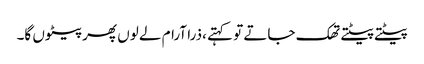
پیٹتے پیٹتے تھک جاتے تو کہتے ،ذرا آرام لے لوں پھر پیٹوں گا۔